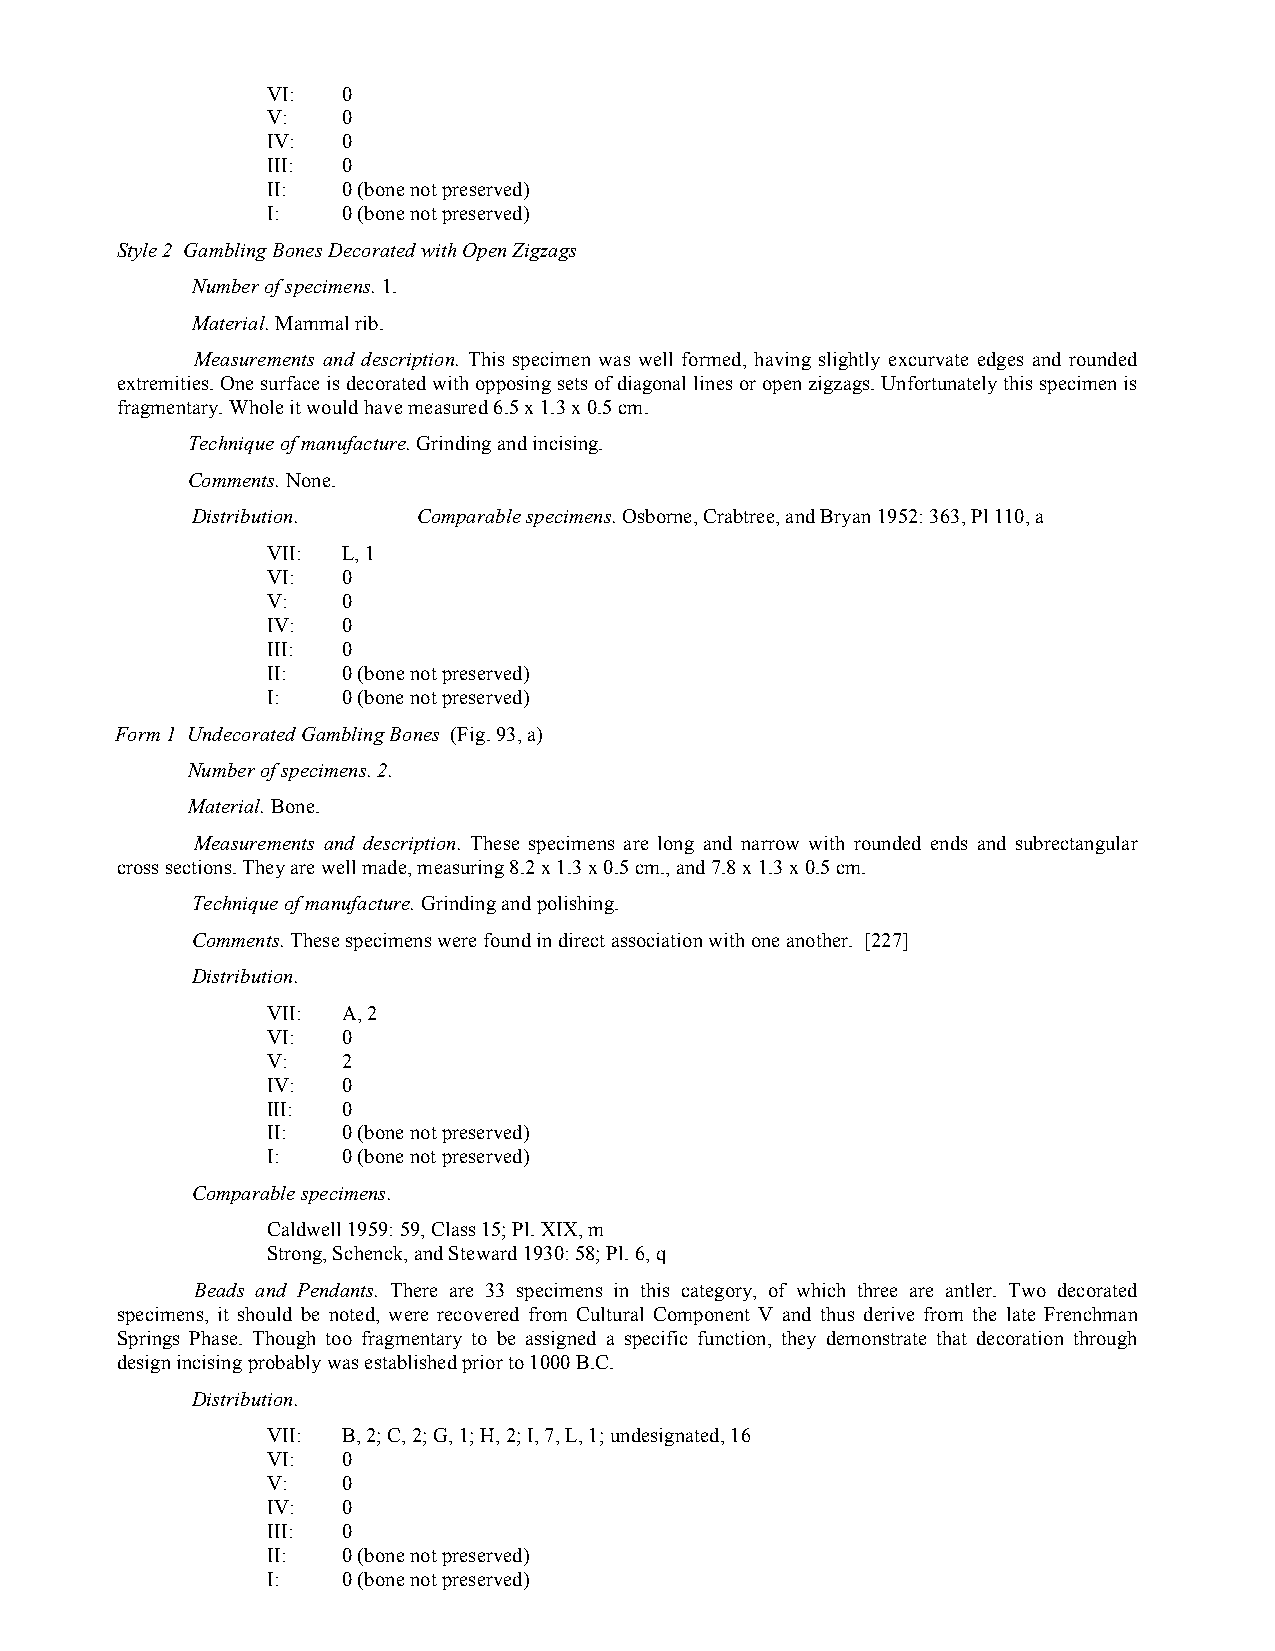
VI:  0
 V:   0
 IV:  0
 III: 0
 II:  0 (bone not preserved)
 I:   0 (bone not preserved)
 Style 2 Gambling Bones Decorated with Open Zigzags
 Number of specimens. 1.
 Material. Mammal rib.
 Measurements and description. This specimen was well formed, having slightly excurvate edges and rounded
 extremities. One surface is decorated with opposing sets of diagonal lines or open zigzags. Unfortunately this specimen is
 fragmentary. Whole it would have measured 6.5 x 1.3 x 0.5 cm.
 Technique of manufacture. Grinding and incising.
 Comments. None.
 Distribution.  Comparable specimens. Osborne, Crabtree, and Bryan 1952: 363, Pl 110, a
 VII: L, 1
 VI:  0
 V:   0
 IV:  0
 III: 0
 II:  0 (bone not preserved)
 I:   0 (bone not preserved)
 Form 1 Undecorated Gambling Bones (Fig. 93, a)
 Number of specimens. 2.
 Material. Bone.
 Measurements and description. These specimens are long and narrow with rounded ends and subrectangular
 cross sections. They are well made, measuring 8.2 x 1.3 x 0.5 cm., and 7.8 x 1.3 x 0.5 cm.
 Technique of manufacture. Grinding and polishing.
 Comments. These specimens were found in direct association with one another. [227]
 Distribution.
 VII: A, 2
 VI:  0
 V:   2
 IV:  0
 III: 0
 II:  0 (bone not preserved)
 I:   0 (bone not preserved)
 Comparable specimens.
 Caldwell 1959: 59, Class 15; Pl. XIX, m
 Strong, Schenck, and Steward 1930: 58; Pl. 6, q
 Beads and Pendants. There are 33 specimens in this category, of which three are antler. Two decorated
 specimens, it should be noted, were recovered from Cultural Component V and thus derive from the late Frenchman
 Springs Phase. Though too fragmentary to be assigned a specific function, they demonstrate that decoration through
 design incising probably was established prior to 1000 B.C.
 Distribution.
 VII: B, 2; C, 2; G, 1; H, 2; I, 7, L, 1; undesignated, 16
 VI:  0
 V:   0
 IV:  0
 III: 0
 II:  0 (bone not preserved)
 I:   0 (bone not preserved)